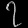
Digit: ၇